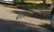
માસાઓકા